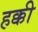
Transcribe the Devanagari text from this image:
हक्की